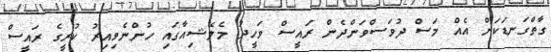
ގާތްގަނޑަކަށް އެއް މަސް ދުވަސްވަންދެން ރައީސް ވަހީދު މެލޭޝިއާގައި ހުންނެވިއިރު ކުރީގެ ރައީސް